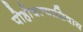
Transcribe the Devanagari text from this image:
पोहोचल्याशिवाय